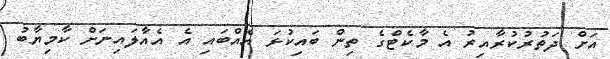
އަށް ދަތުރުކުރާއިރު އެ މާކެޓްގެ ތިން ބައިކުޅަ އެއްބައި އެ އެއާލައިނަށް ކާމިޔާބު